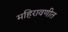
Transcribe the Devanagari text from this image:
महिरावणीत